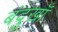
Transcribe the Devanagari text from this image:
बंदुखाँ